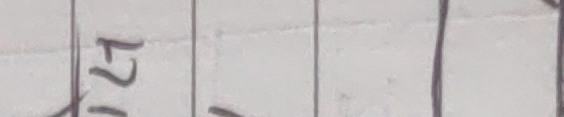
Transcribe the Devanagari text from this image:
५२